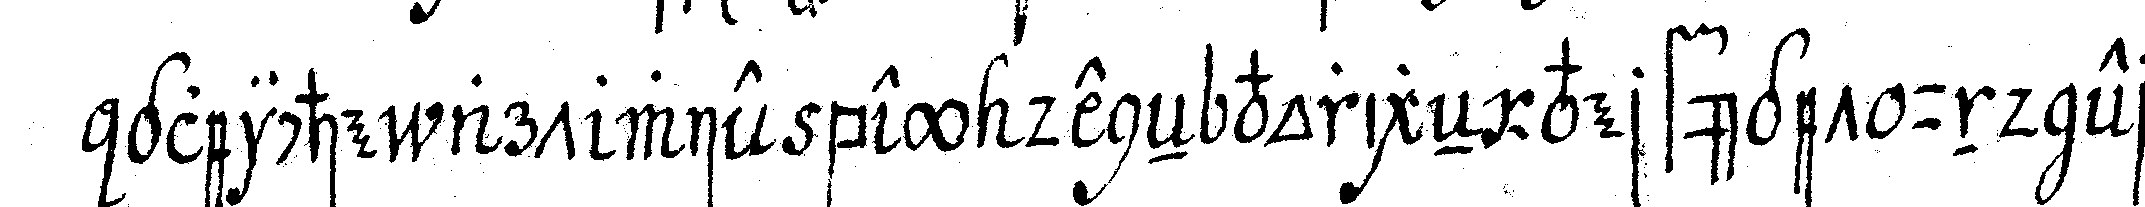
gleiche art wie bey deneN vorigeN verfüget und erste